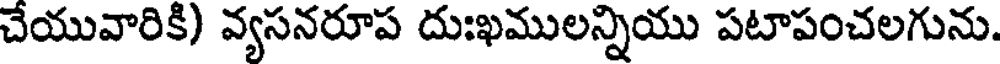
చేయువారికి) వ్యసనరూప దుఃఖములన్నియు పటాపంచలగును.